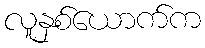
လူနှစ်ယောက်က